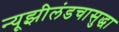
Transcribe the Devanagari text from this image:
न्यूझीलंडचासुद्धा